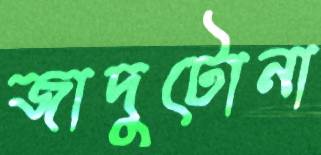
জাদুটোনা